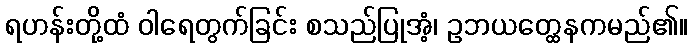
ရဟန်းတို့ထံ ဝါရေတွက်ခြင်း စသည်ပြုအံ့၊ ဥဘယတ္ထေနကမည်၏။